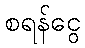
စရန်ငွေ